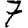
Digit: 7